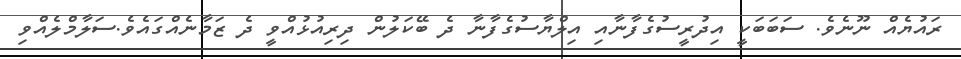
ރައުޔެއް ނޫނެވެ. ސަބަބަކީ އިދުރީސުގެފާނާއި އިލްޔާސުގެފާނާ ދެ ބޭކަލުން ދިރިއުޅުއްވީ ދެ ޒަމާނެއްގައެވެ.ސަލާމްލެއްވި